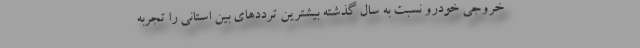
خروجی خودرو نسبت به سال گذشته بیشترین تردد‌های بین استانی را تجربه